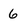
Character: 6